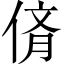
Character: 𠉸